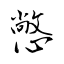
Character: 憋